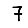
Digit: 7